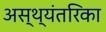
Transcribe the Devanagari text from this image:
अस्थ्यंतरिका